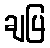
ချပြ